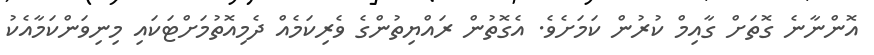
އޮންނާނެ ގޮތަށް ގާއިމް ކުރުން ކަމަށެވެ. އެގޮތުން ރައްޔިތުންގެ ވެރިކަމެއް ދެމިއޮތުމަށްޓަކައި މިނިވަންކަމާއެކު